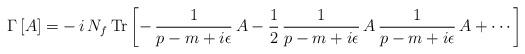
LaTeX: \begin{align*}\Gamma\,[A]=-\,i\,N_f\,{\rm Tr}\,\biggl[-\,\frac{1}{p-m+i\epsilon}\,A-\frac{1}{2}\,\frac{1}{p-m+i\epsilon}\,A\,\frac{1}{p-m+i\epsilon}\,A+\cdots\biggr]\end{align*}